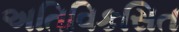
અતિવિકસિત